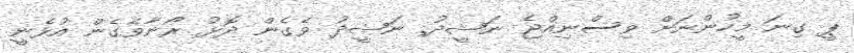
ޕީ ގިނަ މީހުންނަށް ވިސްނިއްޖެ ނަޝީދު